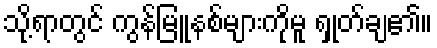
သို့ရာတွင် ကွန်မြူနစ်များကိုမူ ရှုတ်ချ၏။